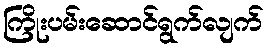
ကြိုးပမ်းဆောင်ရွက်လျက်